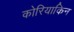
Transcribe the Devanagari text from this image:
कोरियाकिन